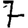
Digit: 7